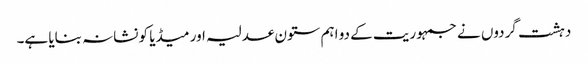
دہشت گردوں نے جمہوریت کے دو اہم ستون عدلیہ اور میڈیا کو نشانہ بنایا ہے۔